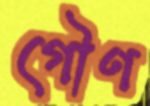
গৌণ